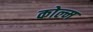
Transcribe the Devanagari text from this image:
कोल्म